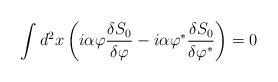
LaTeX: \begin{align*}\int d^2x \left(i\alpha\varphi\frac{\delta S_0}{\delta\varphi}-i\alpha\varphi^\ast\frac{\delta S_0}{\delta\varphi^\ast}\right) = 0\end{align*}